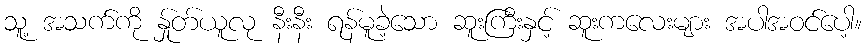
သူ့ အသက်ကို န်ှုတ်ယူလု နီးနီး ရန်မူခဲ့သော ဆူးကြီးနှင့် ဆူးကလေးများ အပါအဝင်ပေါ့။